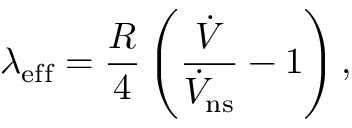
\lambda _ { \mathrm { e f f } } = \frac { R } { 4 } \left( \frac { \dot { V } } { \dot { V } _ { \mathrm { n s } } } - 1 \right) ,